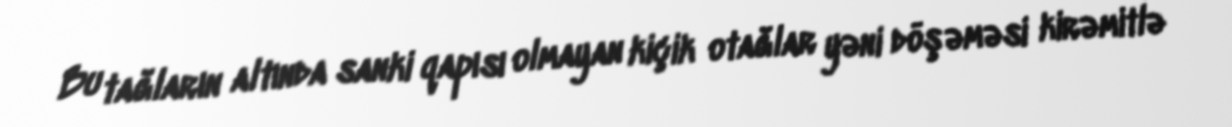
Bu tağların altında sanki qapısı olmayan kiçik otağlar yəni döşəməsi kirəmitlə